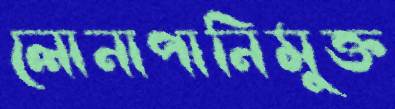
লোনাপানিমুক্ত